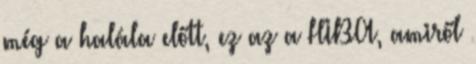
még a halála előtt, ez az a HIBA, amiről